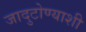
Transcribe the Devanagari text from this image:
जादुटोण्याशी